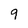
Character: 9